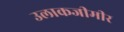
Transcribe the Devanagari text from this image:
उलाकजीमीर